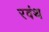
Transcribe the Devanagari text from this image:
रवंथ